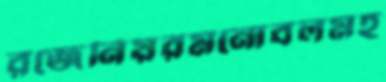
রজেনিয়রমনোবলমহ